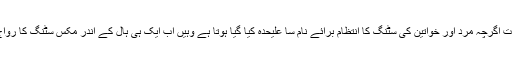
جہاں اکثر اوقات اگرچہ مرد اور خواتین کی سٹنگ کا انتظام برائے نام سا علیحدہ کیا گیا ہوتا ہے وہیں اب ایک ہی ہال کے اندر مکس سٹنگ کا رواج چل نکلا ہے۔